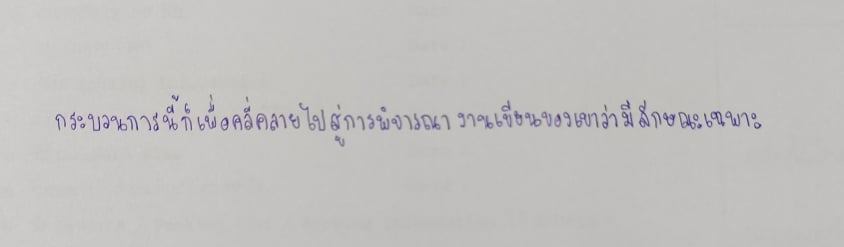
กระบวนการนี้ก็เพื่อคลี่คลายไปสู่การพิจารณางานเขียนของเขาว่ามีลักษณะเฉพาะ